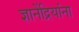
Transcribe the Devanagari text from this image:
ज्ञानेंद्रियांना